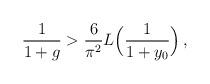
LaTeX: \begin{align*} \frac{1}{1+g} > \frac{6}{\pi^2} L\Bigl( \frac{1}{1+y_0} \Bigr) \,,\end{align*}